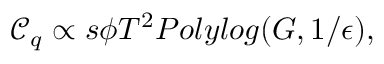
\mathcal { C } _ { q } \propto s \phi T ^ { 2 } P o l y l o g ( G , 1 / \epsilon ) ,